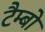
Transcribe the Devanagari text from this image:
टैम्बो